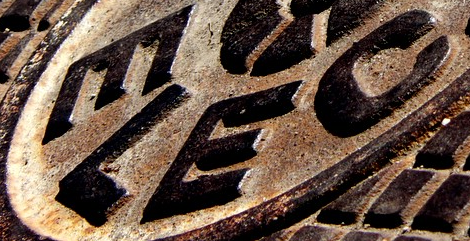
ELEC